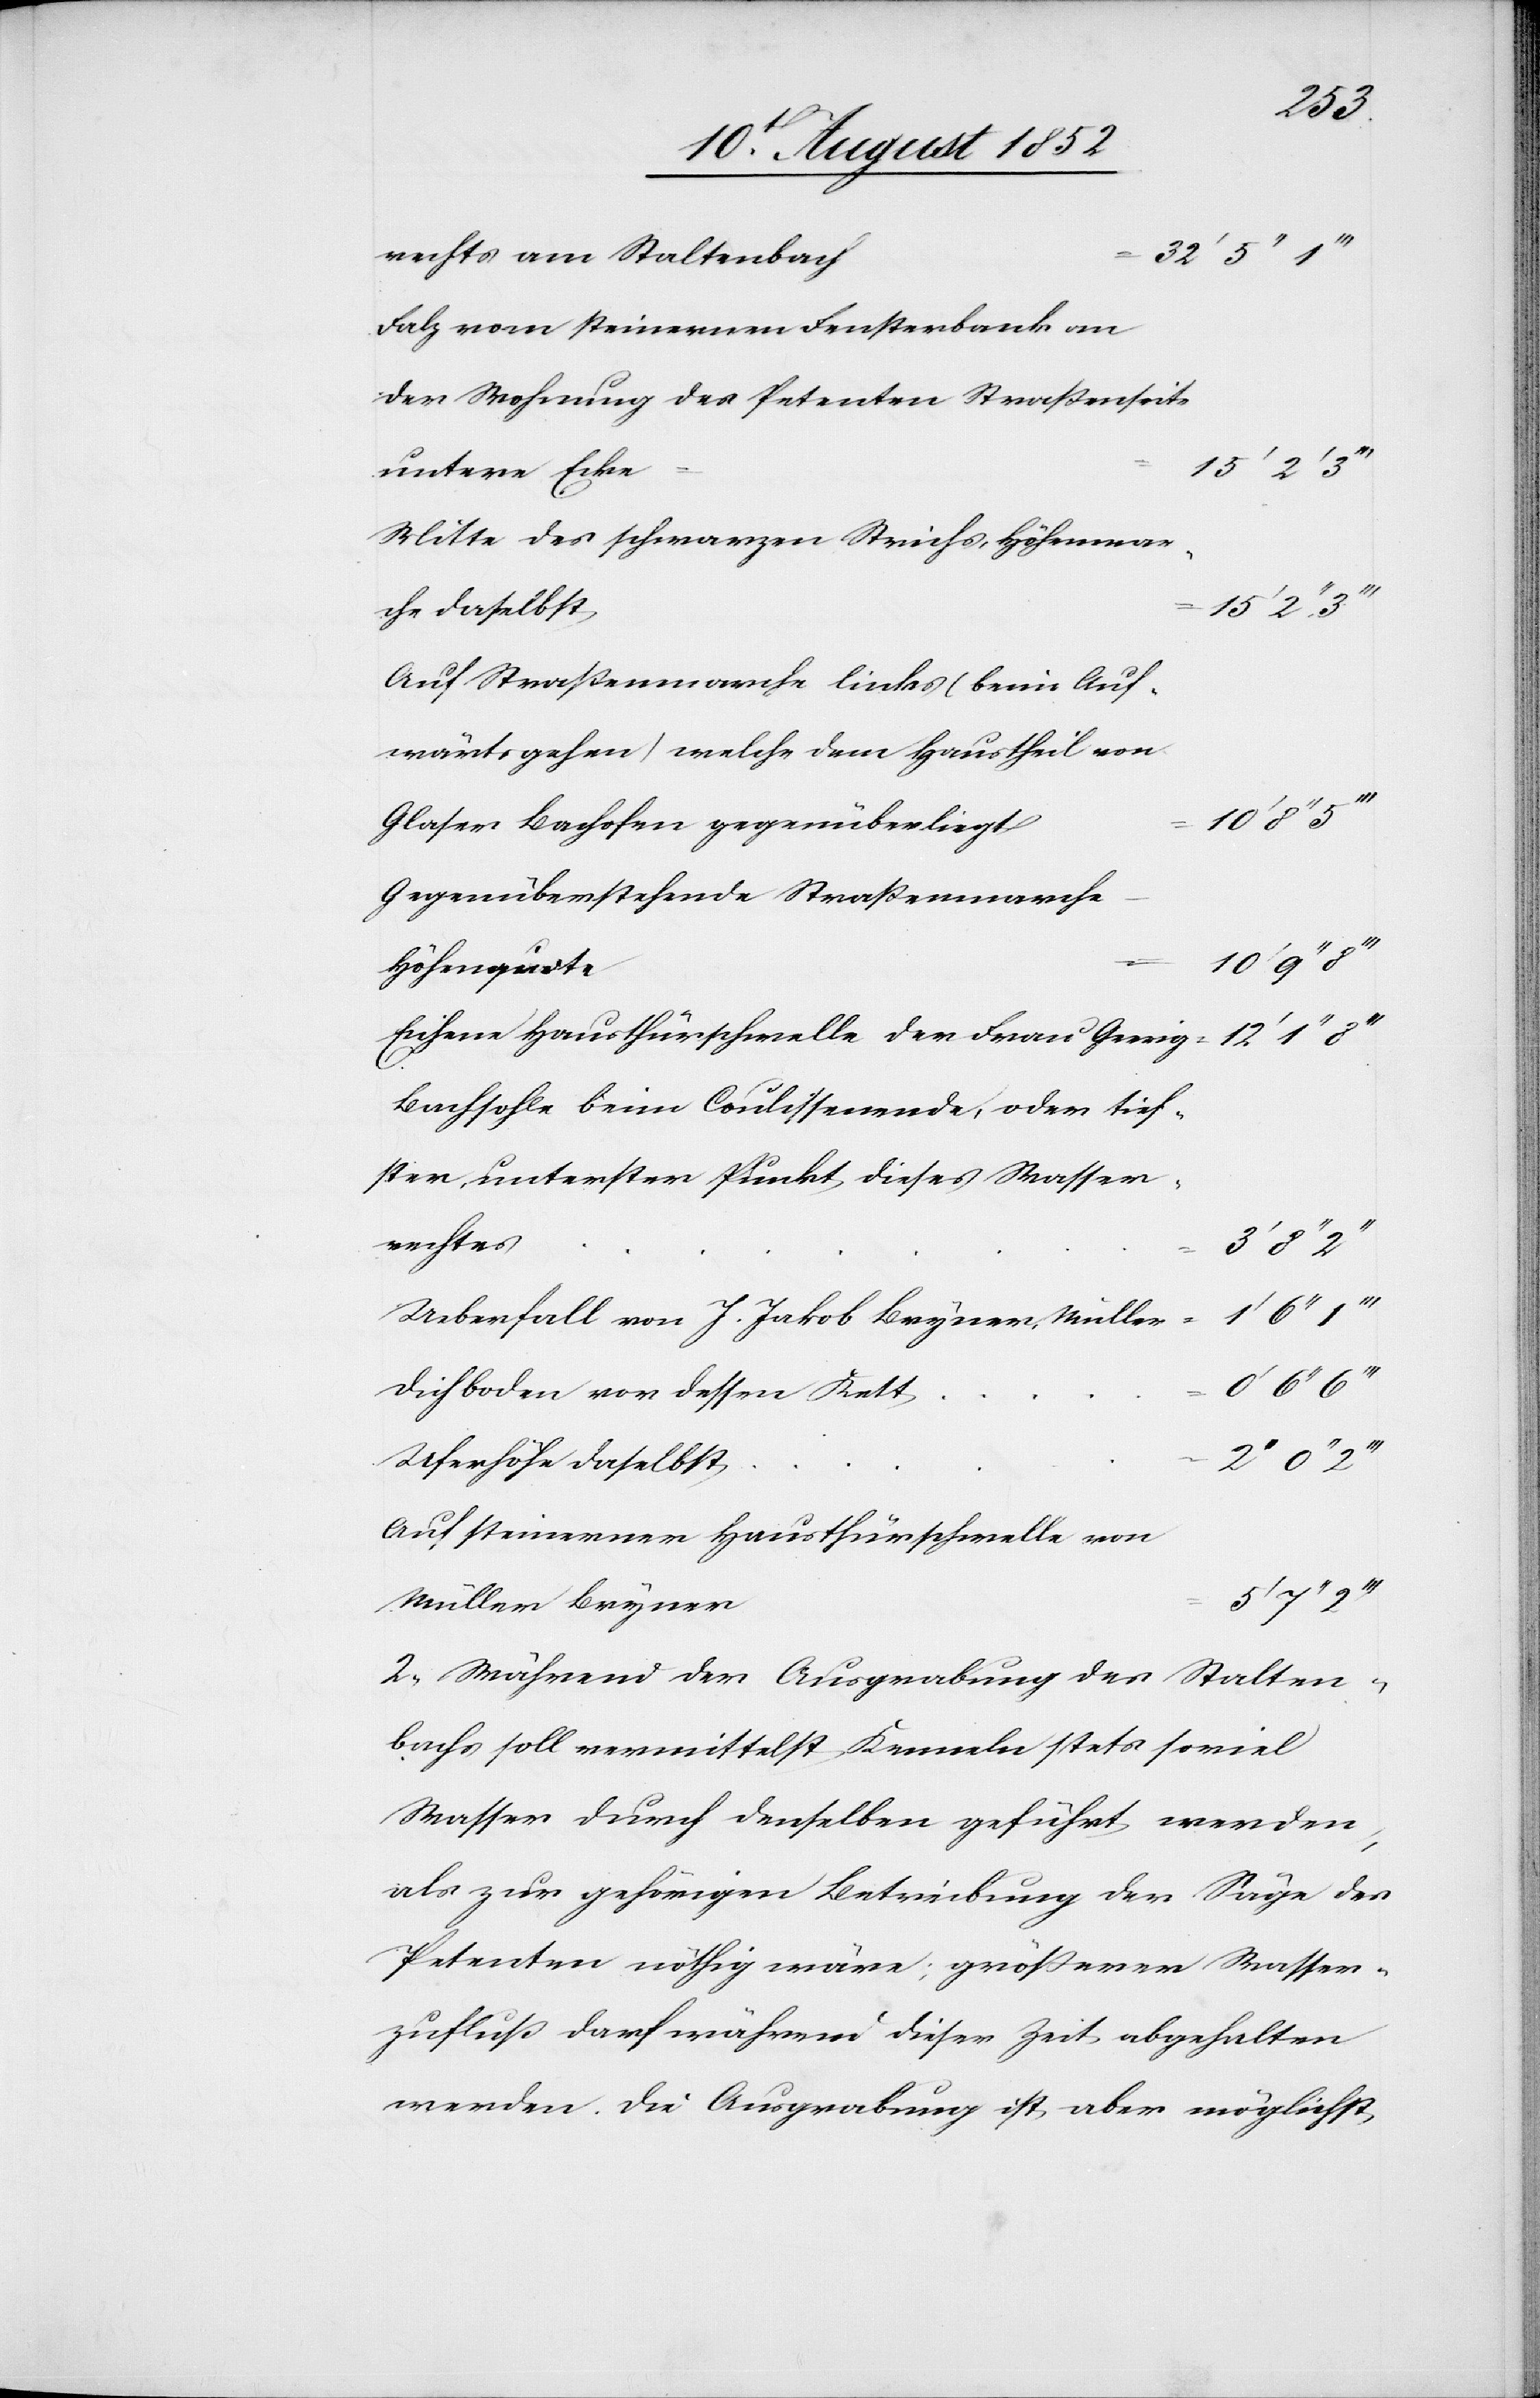
rechts am Staltenbach
32‘ 5‘‘
Falz vom steinernen Fensterbank an
der Wohnung des Petenten Straßenseite
untere Ecke
15‘
Mitte des schwarzen Strichs, Höhenmar¬
che daselbst
Auf Straßenmarche links (beim Auf¬
wärtsgehen) welche dem Haustheil von
Glaser Bachofen gegenüberliegt
Gegenüberstehende Straßenmarche
Höhenquote
Eichene Hausthürschwelle der Frau Geerig
Bachsohle beim Coulissenende, oder tief¬
ster, unterster Punkt dieses Wasser¬
rechtes
3‘ 8‘‘
Ueberfall von J. Jakob Bryner, Müller
Dichboden vor dessen Kett
Uferhöhe daselbst
Auf steinerner Hausthürschwelle von
Müller Bryner
2, Während der Ausgrabung des Stalten¬
bachs soll vermittelst Kenneln stets soviel
Wasser durch denselben geführt werden,
als zur gehörigen Betreibung der Säge des
Petenten nöthig wäre; größerer Wasser¬
zufluß darf während dieser Zeit abgehalten
werden. Die Ausgrabung ist aber möglichst